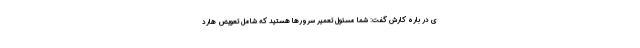
ی در باره کارش گفت: شما مسئول تعمیر سرورها هستید که شامل تعویض هارد